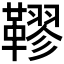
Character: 𩌭